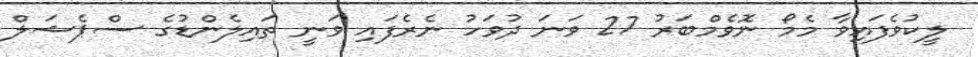
ލީކުވެފައިވާ މެމޯ ނޮވެމްބަރު 27 ވަނަ ދުވަހު ނެރެފައި ވަނީ ތައިލެންޑުގެ ސްޕެޝަލް